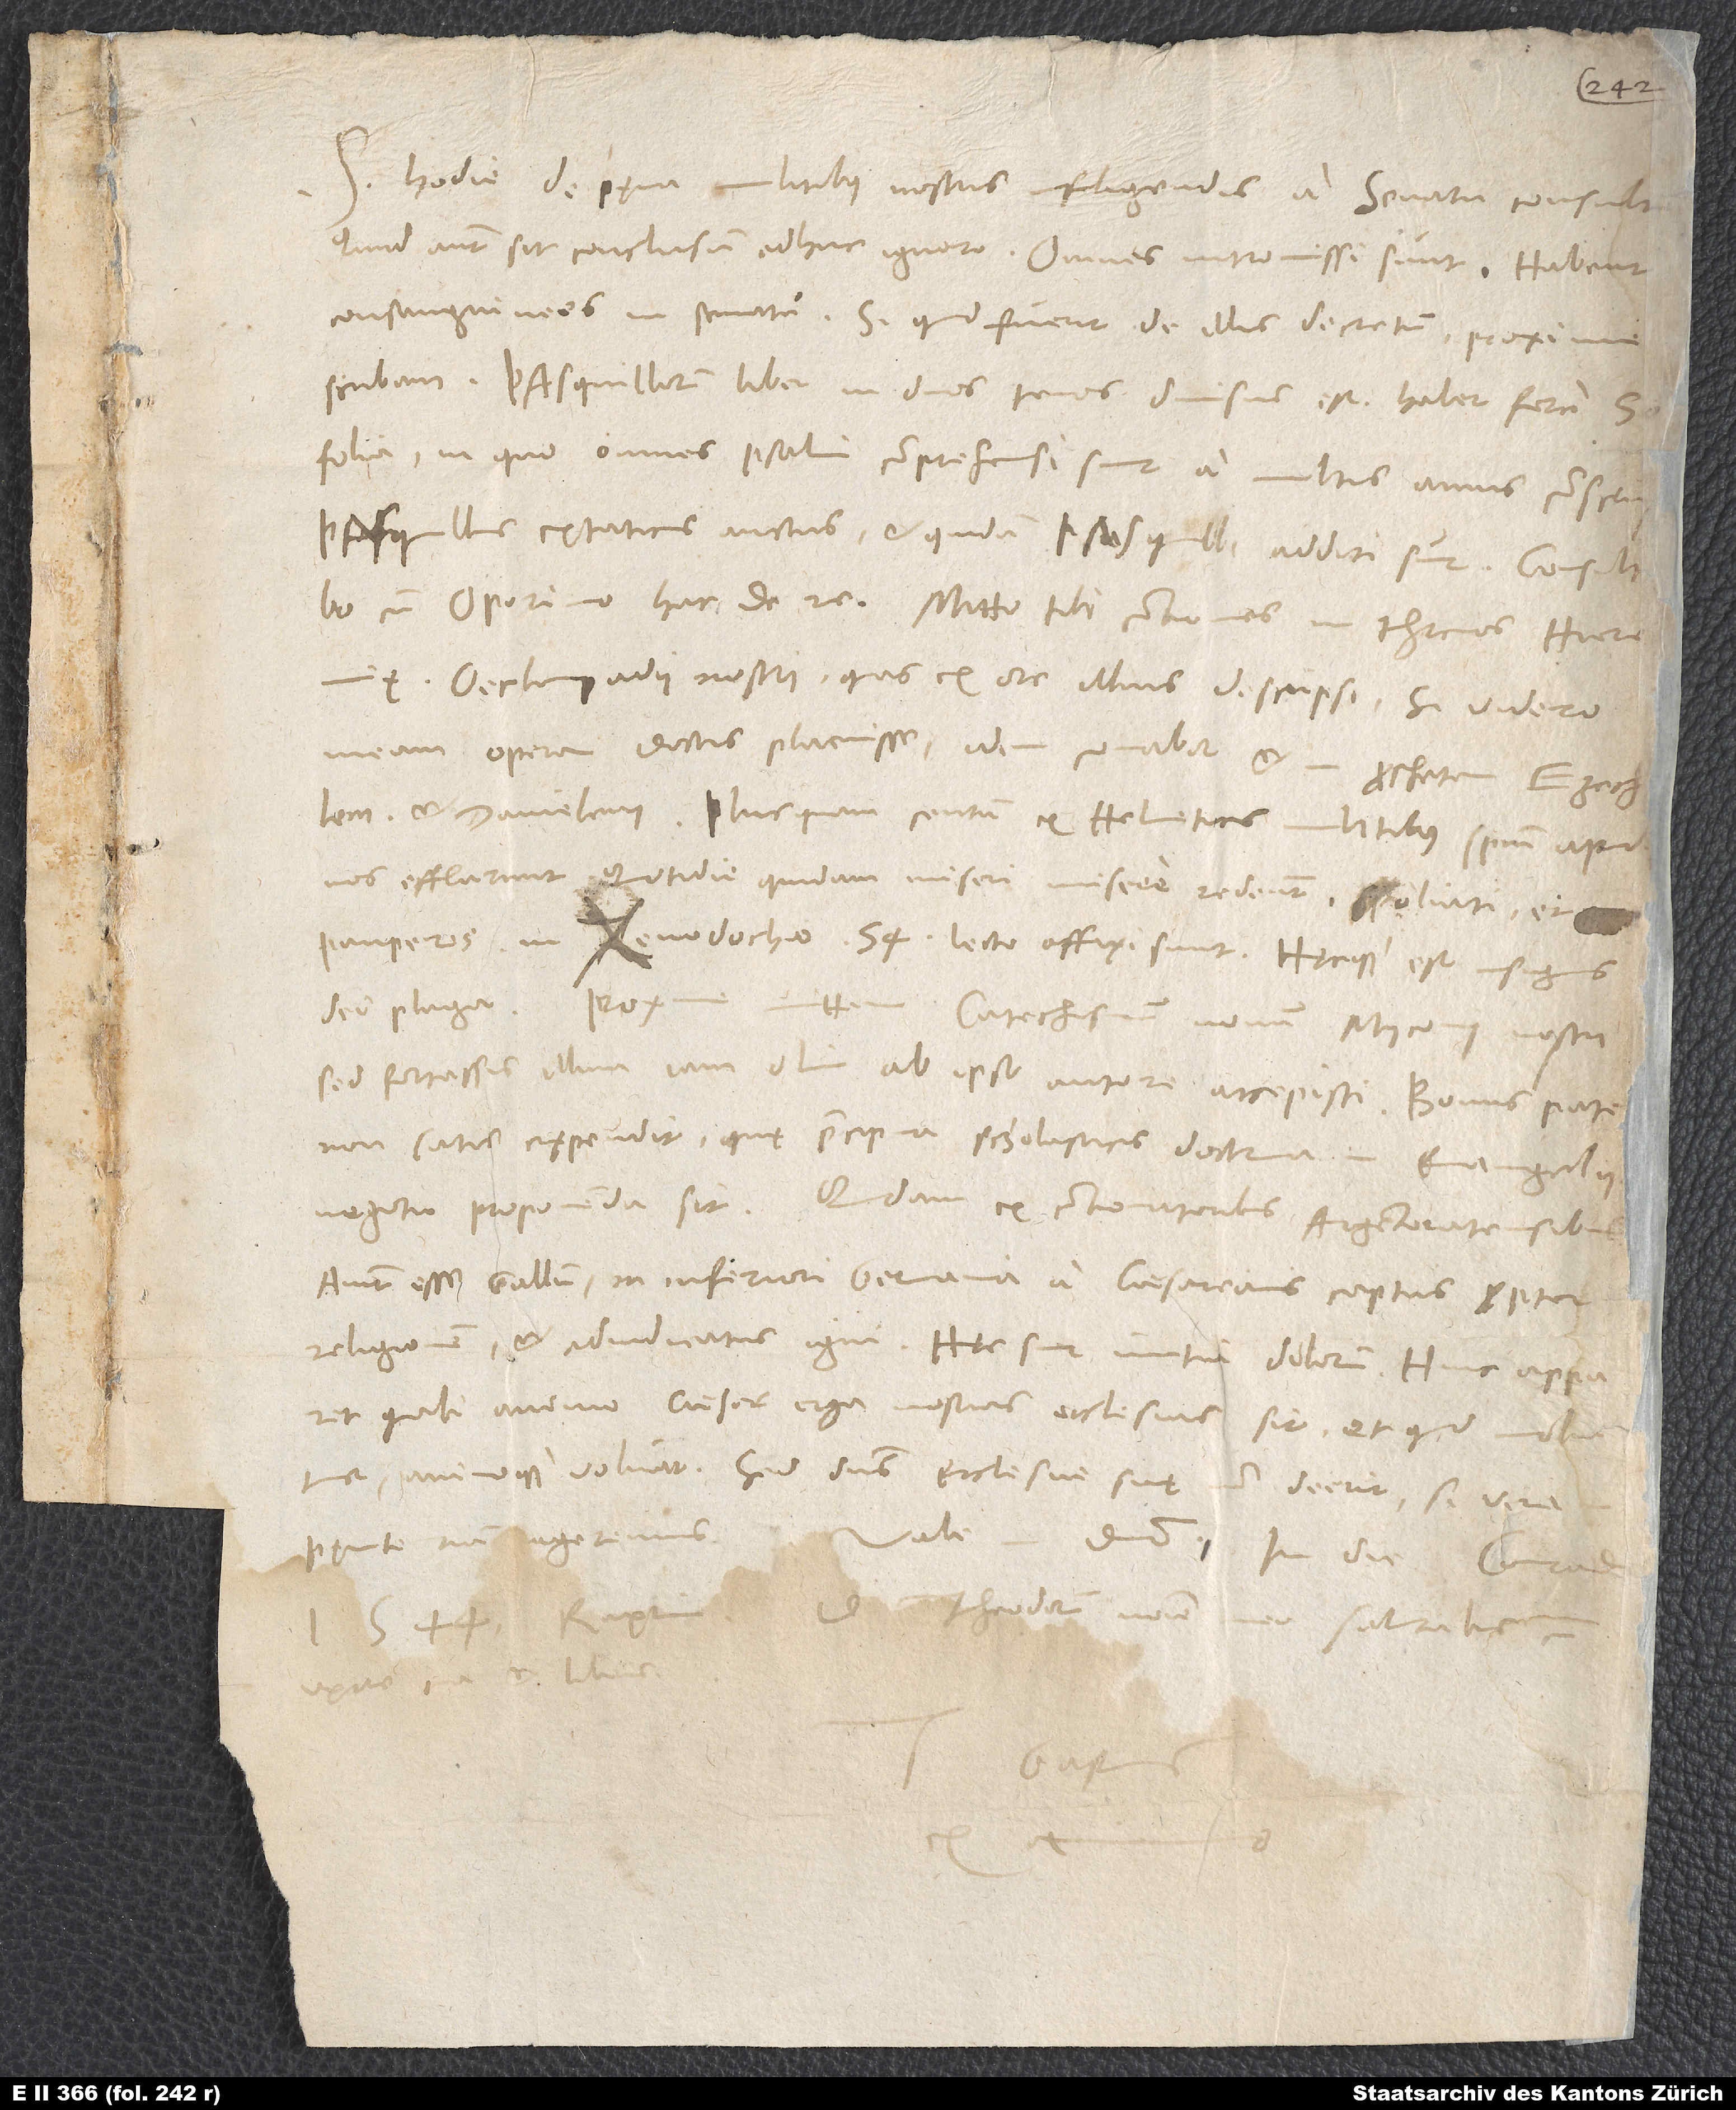
S. Hodie de pęna militibus nostris infligendis a senatu consultum;
quid autem sit conclusum, adhuc ignoro. Omnes intromissi sunt; habent
consanguineos in senatu. Si quid fuerit de illis decretum, proxime
Pasquillorum liber in duos tomos divisus est; habet fere
folia, in quo omnes pasquilli comprehensi sunt a multis annis conscr.
Pasquillus extaticus auctus, et quidam pasquilli addicti sunt. Consultabo
Oecolampadii nostri, quas ex ore illius descripsi. Si videro
operam doctis placuisse, idem conabor et in prophetam Ezechelem
et Danielem. Plusquam centum ex Helveticis militibus spiritum apud
nos efflarunt; quotidie quidam miseri misere redeunt spoliati et
pauperes, in xenodochio 54 lecto affixi sunt, hęcque est insignis
Proxime mittam Catechismum novum Myconii nostri;
sed fortassis illum iam olim ab ipso autore accepisti; bonus pater
non satis expendit, quę praecipua scholasticis doctrina in evangelii
aiunt esse Gallum in Inferiori Germania a caesareanis captum propter
religionem et adiudicatum igni. Hęc sunt initia dolorum; hinc apparet,
quali animo caesar erga nostras ecclesias sit et quid moliatur
animoque volvat. Sed dominus ecclesiae suę non deerit, si veram